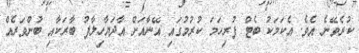
ކުރެވޭނެ އެވެ. އެކަމަކު ބެޓް ފުރިހަމަ ކުރުމުގައި އޭނާއަށް އާދަޔާހިލާފު ބާރަކާއި ބުންވަރެއް